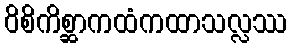
ဝိစိကိစ္ဆာကထံကထာသလ္လဿ